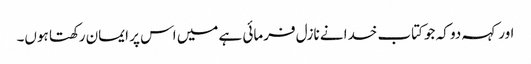
اور کہہ دو کہ جو کتاب خدا نے نازل فرمائی ہے میں اس پر ایمان رکھتا ہوں۔